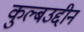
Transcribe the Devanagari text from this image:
कुल्बउद्दीन